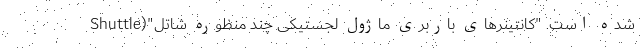
شده است. "کانتینرهای باربری ماژول لجستیکی چند منظوره شاتل"(Shuttle